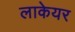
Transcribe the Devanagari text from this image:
लाकेयर